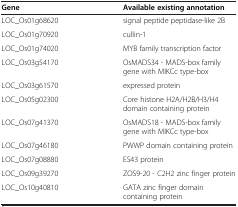
<table><thead><tr><td><b>Gene</b></td><td><b>Available existing annotation</b></td></tr></thead><tbody><tr><td>LOC_Os01g68620</td><td>signal peptide peptidase-like 2B</td></tr><tr><td>LOC_Os01g70920</td><td>cullin-1</td></tr><tr><td>LOC_Os01g74020</td><td>MYB family transcription factor</td></tr><tr><td>LOC_Os03g54170</td><td>OsMADS34 - MADS-box family gene with MIKCc type-box</td></tr><tr><td>LOC_Os03g61570</td><td>expressed protein</td></tr><tr><td>LOC_Os05g02300</td><td>Core histone H2A/H2B/H3/H4 domain containing protein</td></tr><tr><td>LOC_Os07g41370</td><td>OsMADS18 - MADS-box family gene with MIKCc type-box</td></tr><tr><td>LOC_Os07g46180</td><td>PWWP domain containing protein</td></tr><tr><td>LOC_Os07g08880</td><td>ES43 protein</td></tr><tr><td>LOC_Os09g39270</td><td>ZOS9-20 - C2H2 zinc finger protein</td></tr><tr><td>LOC_Os10g40810</td><td>GATA zinc finger domain containing protein</td></tr></tbody></table>